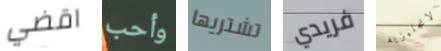
اقضي وأحب تشتريها فريدي الانجليزيه